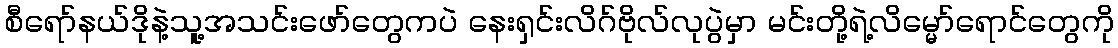
စီရော်နယ်ဒိုနဲ့သူ့အသင်းဖော်တွေကပဲ နေးရှင်းလိဂ်ဗိုလ်လုပွဲမှာ မင်းတို့ရဲ့လိမ္မော်ရောင်တွေကို